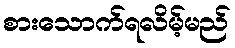
စားသောက်ရလိမ့်မည်